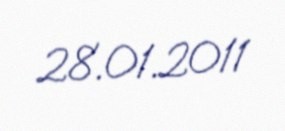
28.01.2011